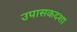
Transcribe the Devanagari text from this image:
उपासकदशा